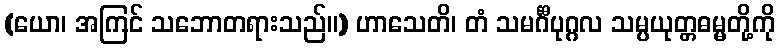
(ယော၊ အကြင် သဘောတရားသည်။) ဟာသေတိ၊ တံ သမင်္ဂီပုဂ္ဂလ သမ္ပယုတ္တဓမ္မတို့ကို